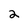
Character: 2